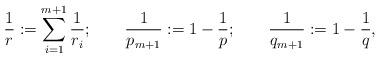
LaTeX: \begin{align*}\frac1r:=\sum_{i=1}^{m+1} \frac1{r_i};\qquad\frac1{p_{m+1}}:=1-\frac1p;\qquad\frac1{q_{m+1}}:=1-\frac1q,\end{align*}